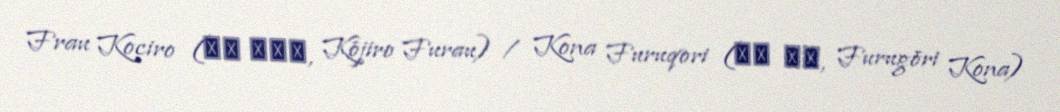
Frau Kociro (神代 フラウ, Kōjiro Furau) / Kona Furuqori (古郡 こな, Furugōri Kona)